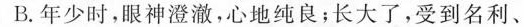
”B.年少时，眼神澄澈，心地纯良；长大了，受到名利、